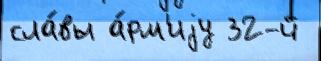
сла́вы а́рм'иjу 32-й